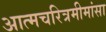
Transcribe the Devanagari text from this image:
अात्मचरित्रमीमांसा